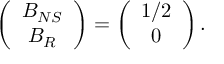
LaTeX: \left( \begin{array} { c } { { B _ { N S } } } \\ { { B _ { R } } } \end{array} \right) = \left( \begin{array} { c } { { 1 / 2 } } \\ { { 0 } } \end{array} \right) .